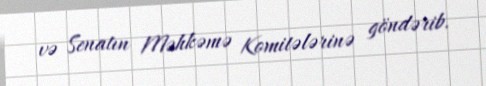
və Senatın Məhkəmə Komitələrinə göndərib.